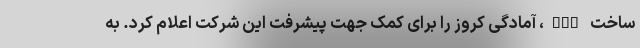
ساخت ECU، آمادگی کروز را برای کمک جهت پیشرفت این شرکت اعلام کرد. به